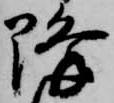
降